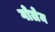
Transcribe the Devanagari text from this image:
गोलेम